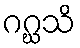
ဂဂ္ဃသိ